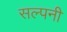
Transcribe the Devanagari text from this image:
सल्पनी